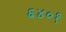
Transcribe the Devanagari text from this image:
६४०१